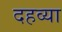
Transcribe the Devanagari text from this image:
दहव्या